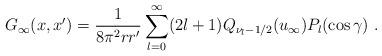
LaTeX: \begin{align*}G_{\infty}(x,x')=\frac{1}{8\pi^2rr'}\sum_{l=0}^{\infty}(2l+1)Q_{\nu_l-1/2}(u_{\infty})P_l(\cos\gamma)\ .\end{align*}